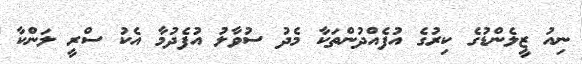
ނިއު ޒީލެންޑުގެ ކިރުގެ އުފެއްދުންތަކާ މެދު ސުވާލު އުފެދުމާ އެކު ސްރީ ލަންކާ